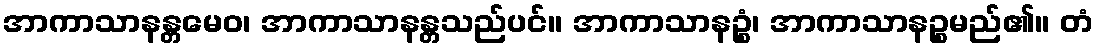
အာကာသာနန္တမေဝ၊ အာကာသာနန္တသည်ပင်။ အာကာသာနဉ္စံ၊ အာကာသာနဉ္စမည်၏။ တံ